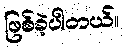
ဖြစ်ခဲ့ပါတယ်။